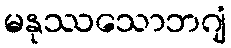
မနုဿသောဘဂျံ